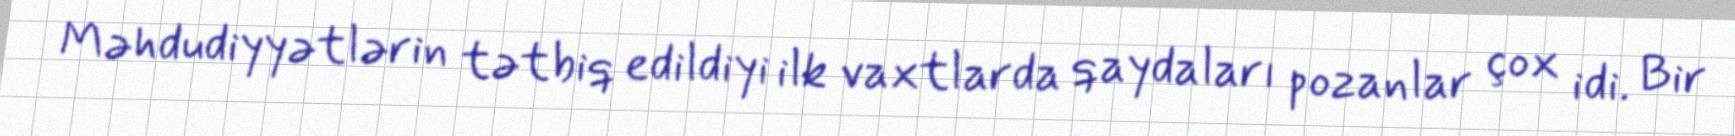
Məhdudiyyətlərin tətbiq edildiyi ilk vaxtlarda qaydaları pozanlar çox idi. Bir